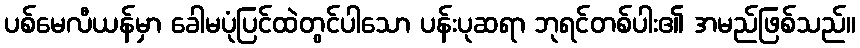
ပစ်မေလီယန်မှာ ခေါမပုံပြင်ထဲတွင်ပါသော ပန်းပုဆရာ ဘုရင်တစ်ပါး၏ အမည်ဖြစ်သည်။